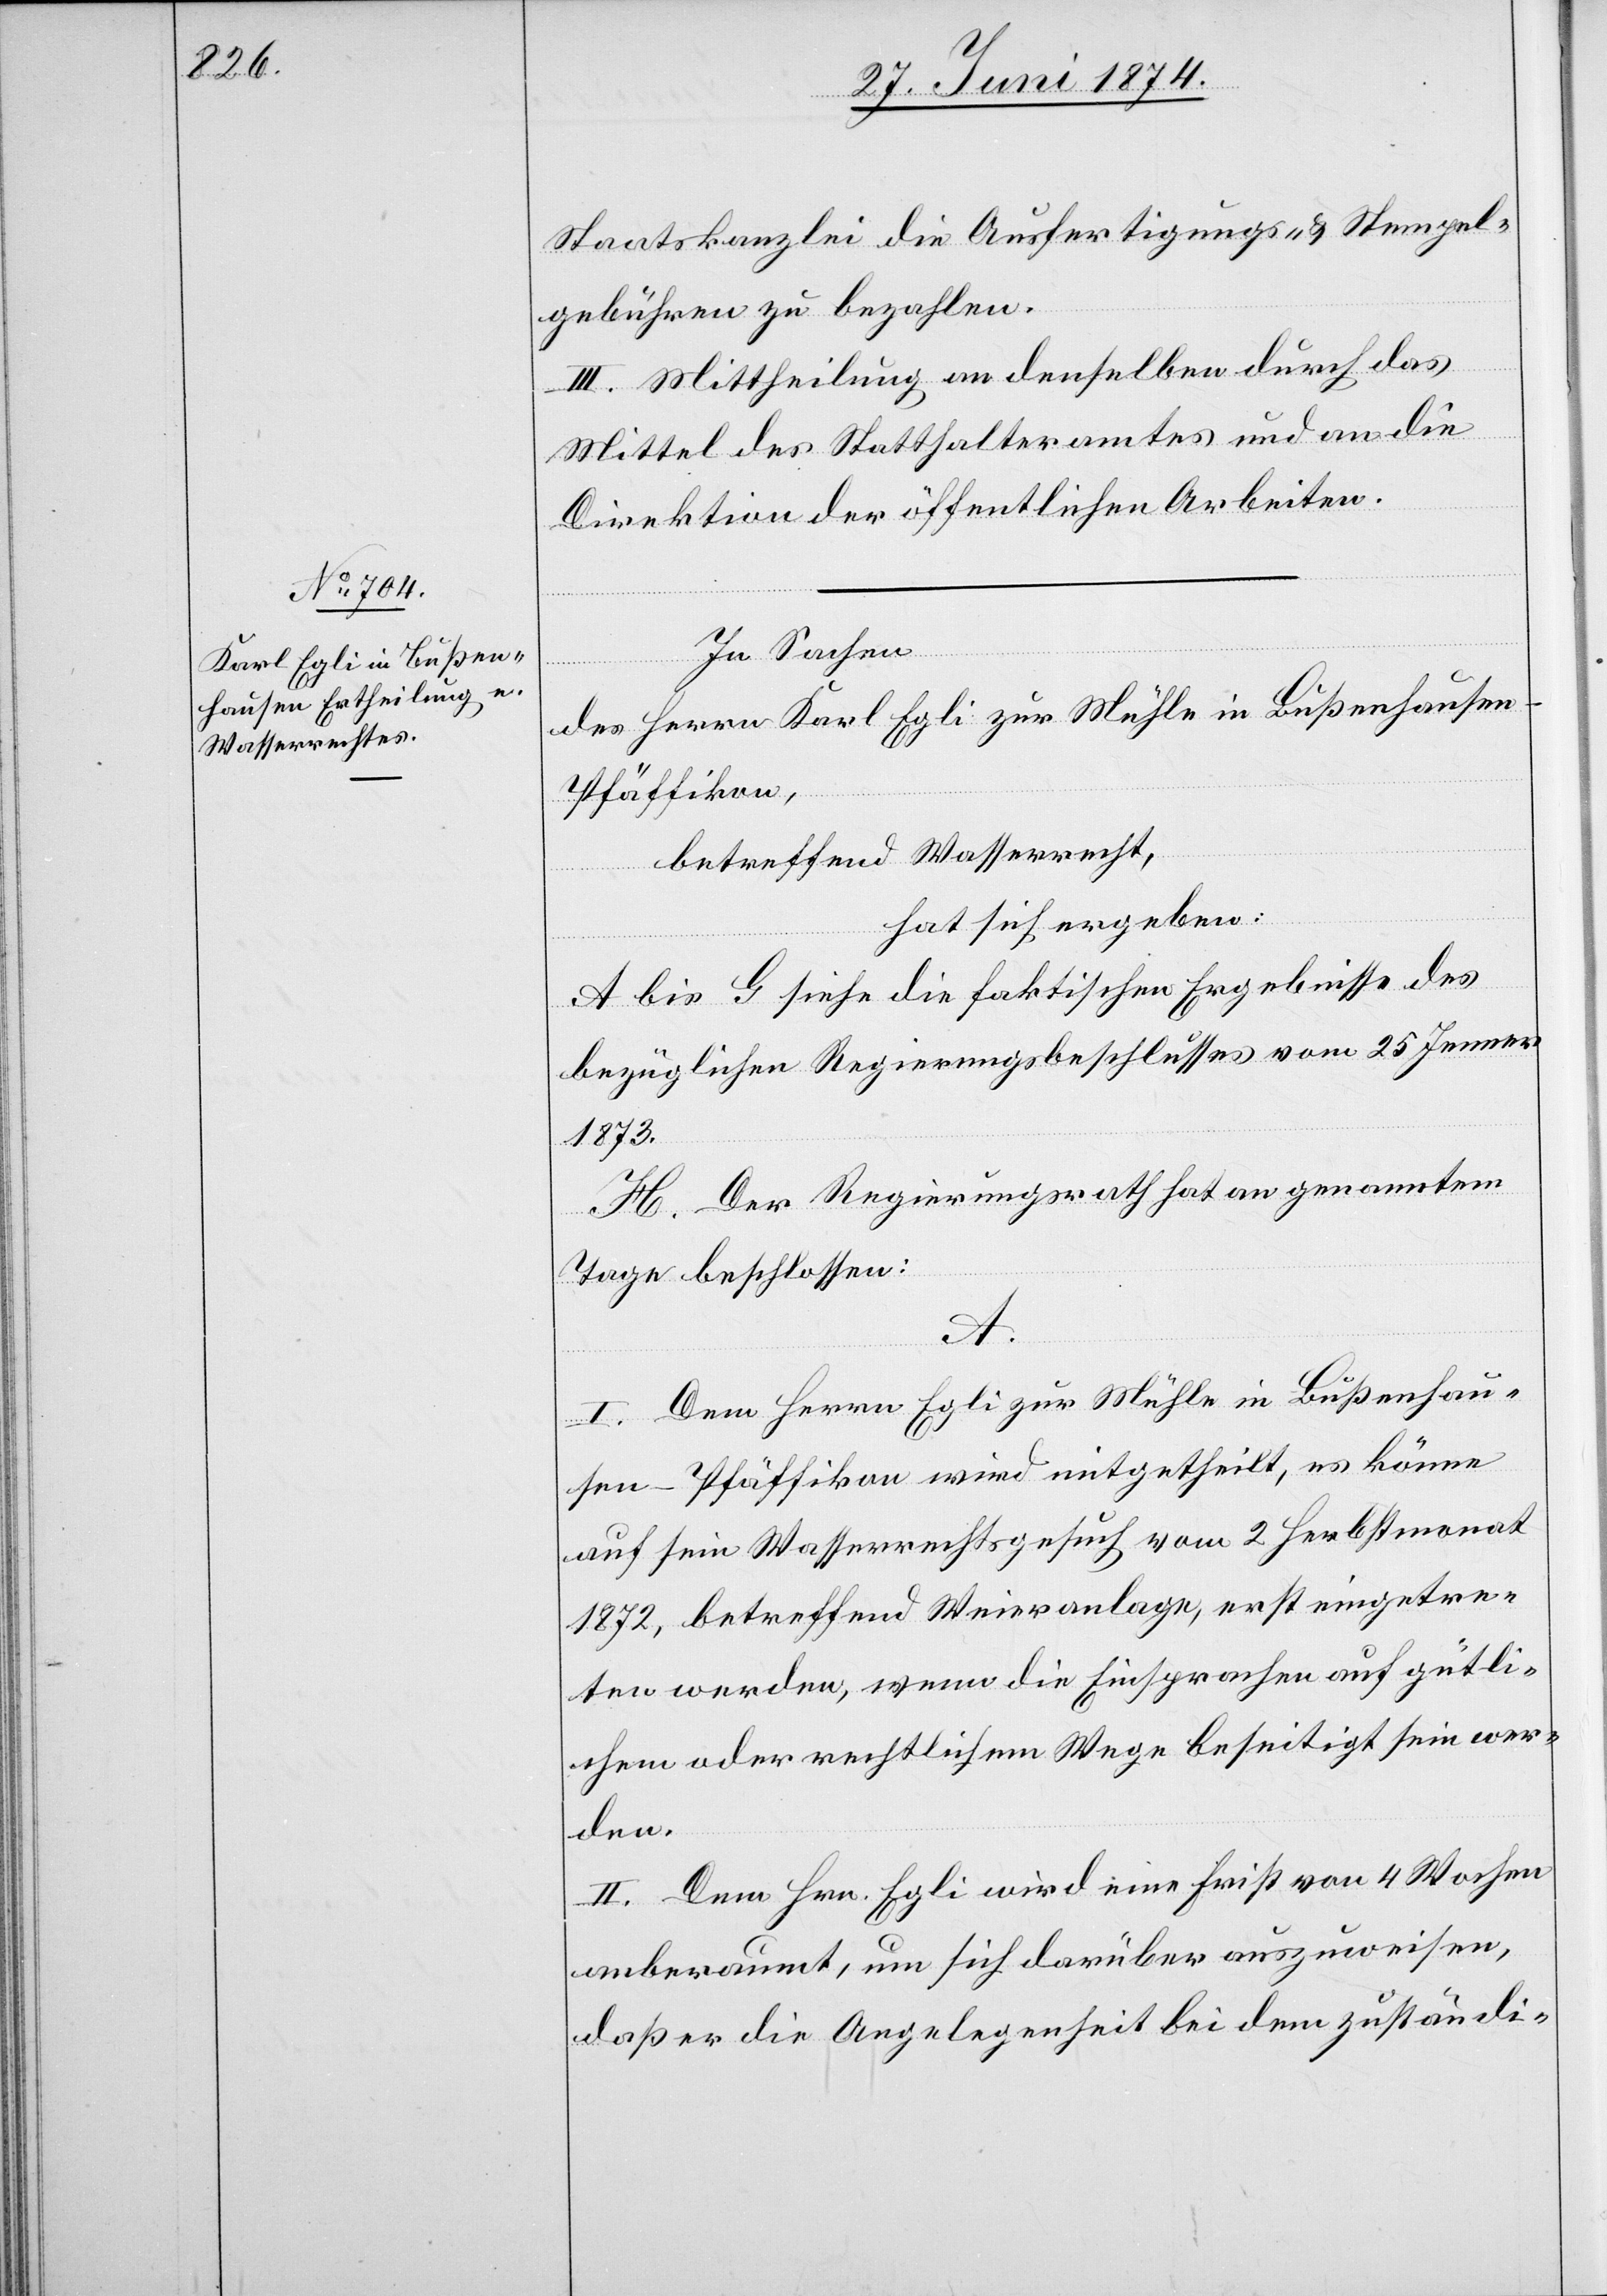
Staatskanzlei die Ausfertigungs- u. Stempel¬
gebühren zu bezahlen.
III. Mittheilung an denselben durch das
Mittel des Statthalteramtes und an die
Direktion der öffentlichen Arbeiten.
In Sachen
des Herrn Karl Egli zur Mühle in Bußenhausen-P¬
fäffikon,
betreffend Wasserrecht,
hat sich ergeben:
A bis G siehe die faktischen Ergebnisse des
bezüglichen Regierungsbeschlusses vom 25. Jenner
1873.
H. Der Regierungsrath hat an genanntem
Tage beschlossen:
A.
I. Dem Herrn Egli zur Mühle in Bußenhau¬
sen-Pfäffikon wird mitgetheilt, es könne
auf sein Wasserrechtsgesuch vom 2. Herbstmonat
1872, betreffend Weieranlage, erst eingetre¬
ten werden, wenn die Einsprachen auf gütli¬
chem oder rechtlichem Wege beseitigt sein wer¬
den.
II. Dem Hrn. Egli wird eine Frist von 4 Wochen
anberaumt, um sich darüber auszuweisen,
daß er die Angelegenheit bei dem zuständi-